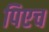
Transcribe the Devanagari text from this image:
पिएच